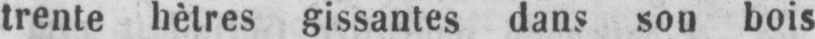
trente hêtres gissantes dans son bois